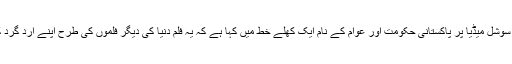
سرمد کھوسٹ نے اس بارے میں سوشل میڈیا پر پاکستانی حکومت اور عوام کے نام ایک کھلے خط میں کہا ہے کہ یہ فلم دنیا کی دیگر فلموں کی طرح اپنے ارد گرد کے ماحول کی عکاسی کرتی ہے۔